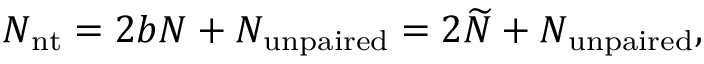
N _ { \mathrm { n t } } = 2 { b } N + N _ { \mathrm { u n p a i r e d } } = 2 \widetilde { N } + N _ { \mathrm { u n p a i r e d } } ,